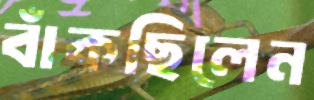
বাঁকছিলেন